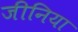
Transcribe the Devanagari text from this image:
जीनिया